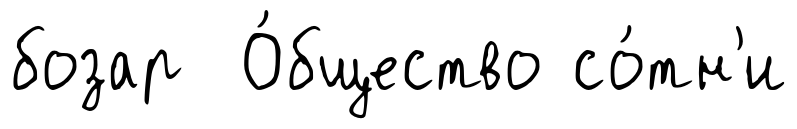
бозар О́бщество со́тн'и